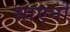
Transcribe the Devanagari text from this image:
साएनो